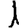
Digit: 1